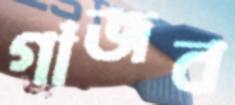
গাঁজব